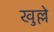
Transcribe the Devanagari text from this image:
खुल्ले